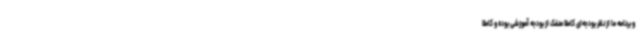
و برنامه ما از نظر بودجه‌ای کاملا منفک از بودجه آموزشی بوده و کاملا